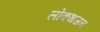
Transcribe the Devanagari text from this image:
लोकभजन